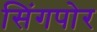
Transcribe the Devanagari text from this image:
सिंगपोर